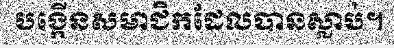
បង្កើនសមាជិកដែលបានស្លាប់។